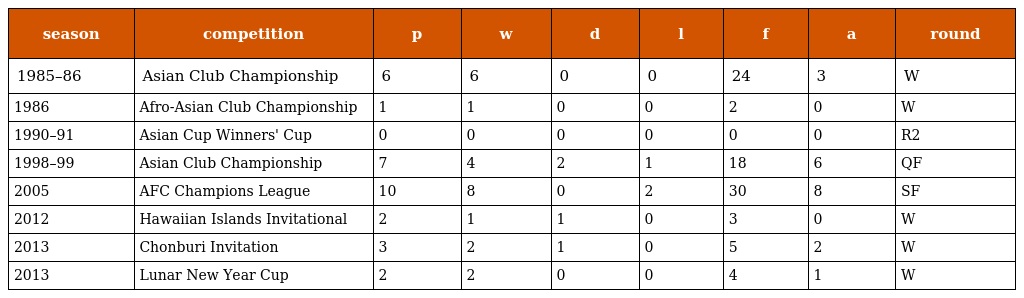
| season | competition | p | w | d | l | f | a | round |
 | --- | --- | --- | --- | --- | --- | --- | --- | --- |
 | 1985–86 | Asian Club Championship | 6 | 6 | 0 | 0 | 24 | 3 | W |
 | 1986 | Afro-Asian Club Championship | 1 | 1 | 0 | 0 | 2 | 0 | W |
 | 1990–91 | Asian Cup Winners' Cup | 0 | 0 | 0 | 0 | 0 | 0 | R2 |
 | 1998–99 | Asian Club Championship | 7 | 4 | 2 | 1 | 18 | 6 | QF |
 | 2005 | AFC Champions League | 10 | 8 | 0 | 2 | 30 | 8 | SF |
 | 2012 | Hawaiian Islands Invitational | 2 | 1 | 1 | 0 | 3 | 0 | W |
 | 2013 | Chonburi Invitation | 3 | 2 | 1 | 0 | 5 | 2 | W |
 | 2013 | Lunar New Year Cup | 2 | 2 | 0 | 0 | 4 | 1 | W |